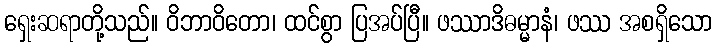
ရှေးဆရာတို့သည်။ ဝိဘာဝိတော၊ ထင်စွာ ပြအပ်ပြီ။ ဖဿာဒိဓမ္မာနံ၊ ဖဿ အစရှိသော